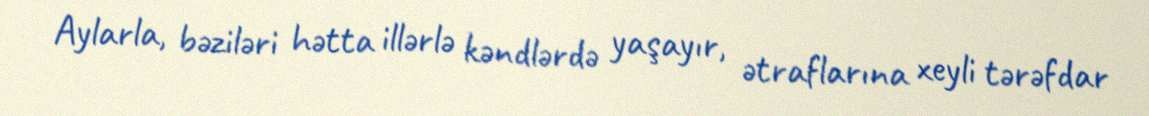
Aylarla, bəziləri hətta illərlə kəndlərdə yaşayır, ətraflarına xeyli tərəfdar